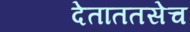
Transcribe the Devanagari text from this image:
देताततसेच